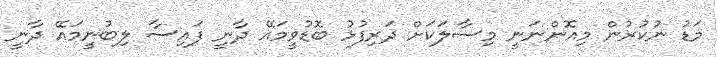
މަޑު ނުކުރުން މިއޮންނަނީ މިސާލަކަށް ދަރިފުޅު ބޮޑުވީމައޭ ދާނީ ފައިސާ ލިބުނީމައޭ ދާނީ